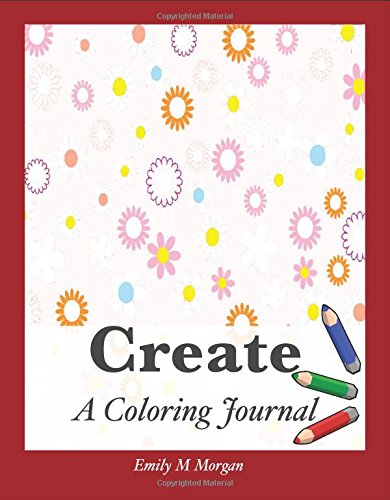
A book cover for Create: A Coloring Journal (The Coloring Journal Series); Emily M Morgan; Self-Help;